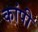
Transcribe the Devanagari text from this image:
कांपी